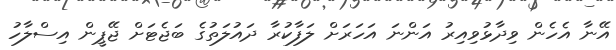
އޭނާ އެހެން ވިދާޅުވިއިރު އަންނަ އަހަރަށް ލަފާކުރާ ދައުލަތުގެ ބަޖެޓަށް ޖޭޕީން އިސްލާހު